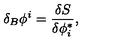
\delta _ { B } \phi ^ { i } = \frac { \delta S } { \delta \phi _ { i } ^ { * } } ,